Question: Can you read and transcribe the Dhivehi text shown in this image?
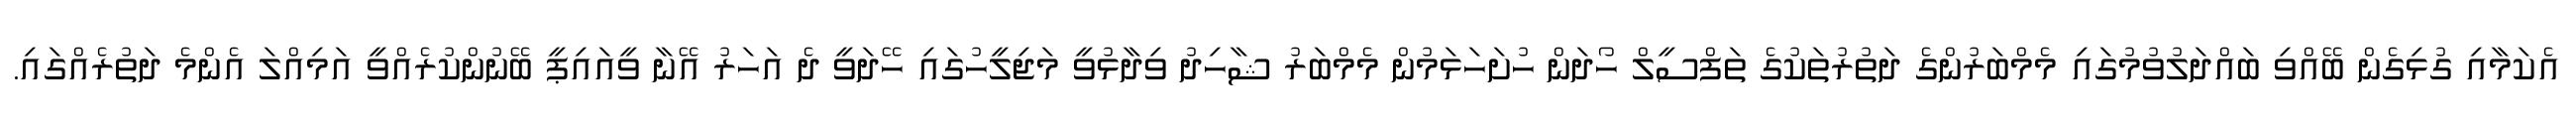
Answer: އެކަމާއި ގުޅިގެން ބޭއްވި ބައްދަލުވުމުގައި މެމްބަރުންގެ ދަތުރުތަކުގެ ތަފްސީލް ހޯދަން ހުށަހަޅަމުން މެމްބަރު ޝާހިދު ވިދާޅުވީ މަޖިލީހުގައި ހޭދަވީ ދެ އަހަރު އޭނާ ވީއައިޕީ ބޭނުންކުރެއްވީ އަމިއްލަ އެންމެ ދަތުރެއްގައި.